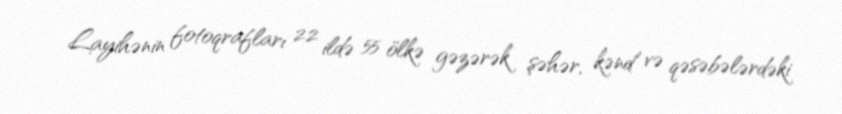
Layihənin fotoqrafları 22 ildə 55 ölkə gəzərək şəhər, kənd və qəsəbələrdəki